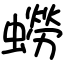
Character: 蟧